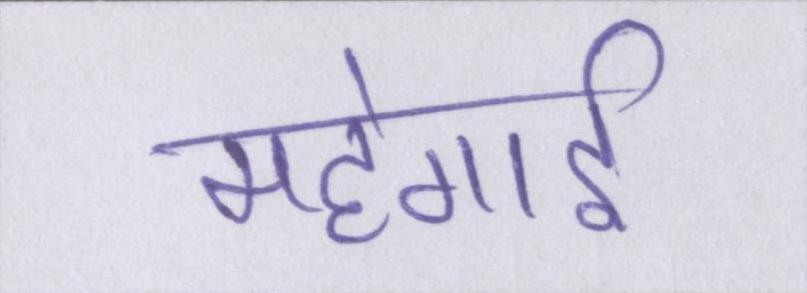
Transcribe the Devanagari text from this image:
महंगार्इ